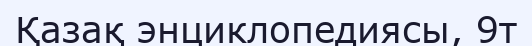
Қазақ энциклопедиясы, 9т